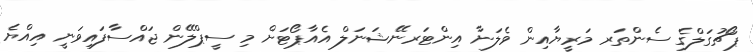
ޕޯޗުގަލްގެ ސެންތަރ މަރީޔާއިން ވެލަނާ އިންޓަރނޭޝަނަލް އެއާޕޯޓަށް މި ސީޕްލޭން ޖައްސާފައިވަނީ އިއްޔެ